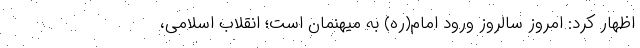
اظهار کرد: امروز سالروز ورود امام(ره) به میهنمان است؛ انقلاب اسلامی،